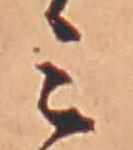
ミ